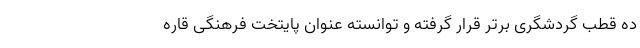
ده قطب گردشگری برتر قرار گرفته و توانسته عنوان پایتخت فرهنگی قاره